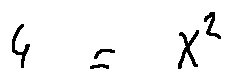
4 = X ^ { 2 }